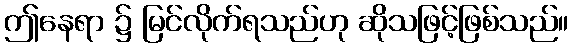
ဤနေရာ ၌ မြင်လိုက်ရသည်ဟု ဆိုသဖြင့်ဖြစ်သည်။